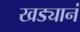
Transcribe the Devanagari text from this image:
खड्यानं